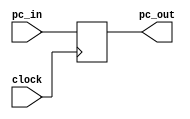
`timescale 1ns / 1ps
//////////////////////////////////////////////////////////////////////////////////
// Company: 
// Engineer: 
// 
// Design Name: 
// Module Name: pc
// Project Name: 
// Target Devices: 
// Tool Versions: 
// Description: 
// 
// Dependencies: 
// 
// Revision:
// Revision 0.01 - File Created
// Additional Comments:
// 
//////////////////////////////////////////////////////////////////////////////////


module pc(pc_in, pc_out, clock);
    input clock;
    input [31:0] pc_in;
    output [31:0] pc_out;
    
    reg [31:0] temp;
    assign pc_out = temp;
    initial temp = 0;
    
    always @ (posedge clock) begin
        temp <= pc_in;
    end
endmodule